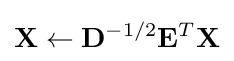
\mathbf {X} \leftarrow \mathbf {D} ^{-1/2}\mathbf {E} ^{T}\mathbf {X}